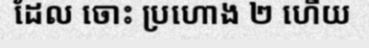
ដែល ចោះ ប្រហោង ២ ហើយ